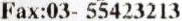
FAX:03- 55423213